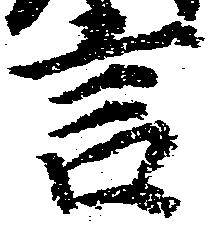
言